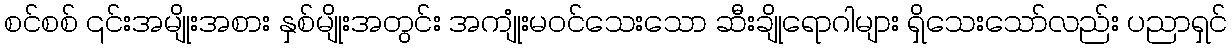
စင်စစ် ၎င်းအမျိုးအစား နှစ်မျိုးအတွင်း အကျုံးမဝင်သေးသော ဆီးချိုရောဂါများ ရှိသေးသော်လည်း ပညာရှင်